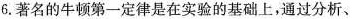
6.著名的牛顿第一定律是在实验的基础上，通过分析、